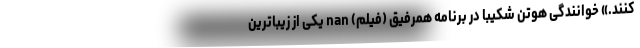
کنند.» خوانندگی هوتن شکیبا در برنامه همرفیق (فیلم) nan یکی از زیباترین